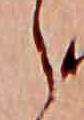
ら